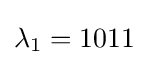
\lambda _{1}=1011